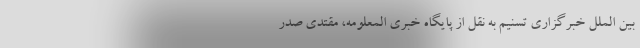
بین الملل خبرگزاری تسنیم به نقل از پایگاه خبری المعلومه، مقتدی صدر